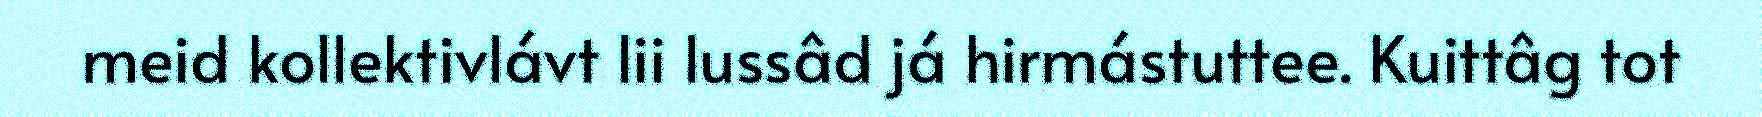
meid kollektivlávt lii lussâd já hirmástuttee. Kuittâg tot